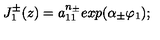
J _ { 1 } ^ { \pm } ( z ) = a _ { 1 1 } ^ { n _ { \pm } } e x p ( \alpha _ { \pm } \varphi _ { 1 } ) ;